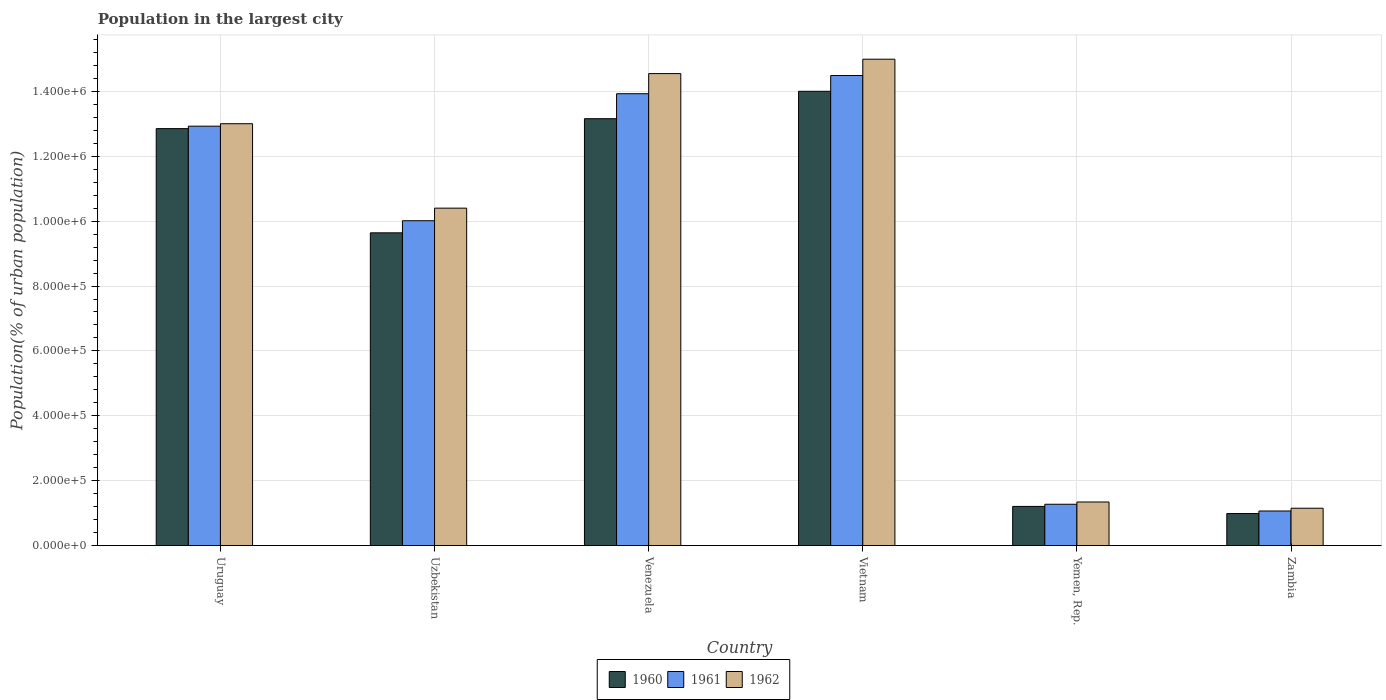
| Country | 1960 | 1961 | 1962 |
 | --- | --- | --- | --- |
 | Uruguay | 1.28e+06 | 1.29e+06 | 1.3e+06 |
 | Uzbekistan | 9.64e+05 | 1e+06 | 1.04e+06 |
 | Venezuela | 1.32e+06 | 1.39e+06 | 1.45e+06 |
 | Vietnam | 1.4e+06 | 1.45e+06 | 1.5e+06 |
 | Yemen, Rep. | 1.21e+05 | 1.28e+05 | 1.35e+05 |
 | Zambia | 9.9e+04 | 1.07e+05 | 1.15e+05 |